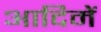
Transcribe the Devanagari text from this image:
आदिमें